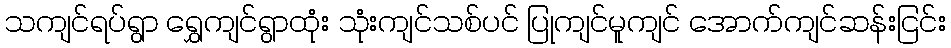
သကျင်ရပ်ရွာ ရွှေကျင်ရွာထုံး သုံးကျင်သစ်ပင် ပြုကျင်မူကျင် အောက်ကျင်ဆန်းငြင်း